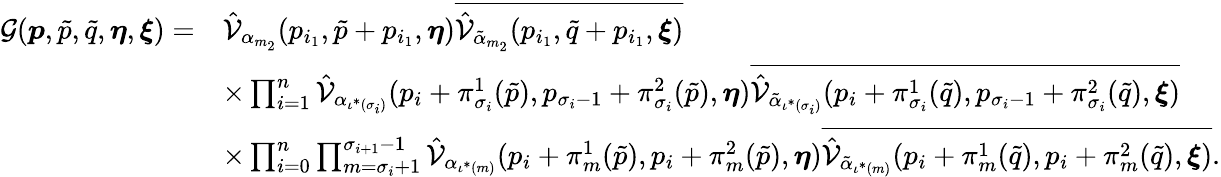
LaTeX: \begin{array}{rl}{\mathcal{G}(\boldsymbol{p},\tilde{p},\tilde{q},\boldsymbol{\eta},\boldsymbol{\xi})=}&{\hat{\mathcal{V}}_{\alpha_{m_{2}}}(p_{i_{1}},\tilde{p}+p_{i_{1}},\boldsymbol{\eta})\overline{{\hat{\mathcal{V}}_{\tilde{\alpha}_{m_{2}}}(p_{i_{1}},\tilde{q}+p_{i_{1}},\boldsymbol{\xi})}}}\\ &{\times\prod_{i=1}^{n}\hat{\mathcal{V}}_{\alpha_{\iota^{*}(\sigma_{i})}}(p_{i}+\pi_{\sigma_{i}}^{1}(\tilde{p}),p_{\sigma_{i}-1}+\pi_{\sigma_{i}}^{2}(\tilde{p}),\boldsymbol{\eta})\overline{{\hat{\mathcal{V}}_{\tilde{\alpha}_{\iota^{*}(\sigma_{i})}}(p_{i}+\pi_{\sigma_{i}}^{1}(\tilde{q}),p_{\sigma_{i}-1}+\pi_{\sigma_{i}}^{2}(\tilde{q}),\boldsymbol{\xi})}}}\\ &{\times\prod_{i=0}^{n}\prod_{m=\sigma_{i}+1}^{\sigma_{i+1}-1}\hat{\mathcal{V}}_{\alpha_{\iota^{*}(m)}}(p_{i}+\pi_{m}^{1}(\tilde{p}),p_{i}+\pi_{m}^{2}(\tilde{p}),\boldsymbol{\eta})\overline{{\hat{\mathcal{V}}_{\tilde{\alpha}_{\iota^{*}(m)}}(p_{i}+\pi_{m}^{1}(\tilde{q}),p_{i}+\pi_{m}^{2}(\tilde{q}),\boldsymbol{\xi})}}.}\end{array}